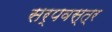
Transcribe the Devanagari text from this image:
सर्पवस्त्र